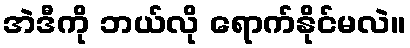
အဲဒီကို ဘယ်လို ရောက်နိုင်မလဲ။